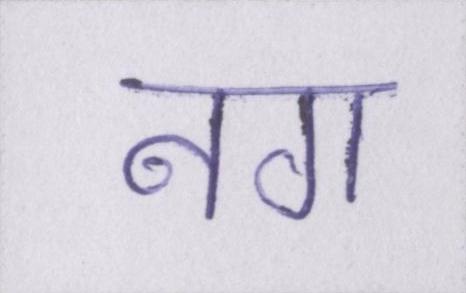
नग